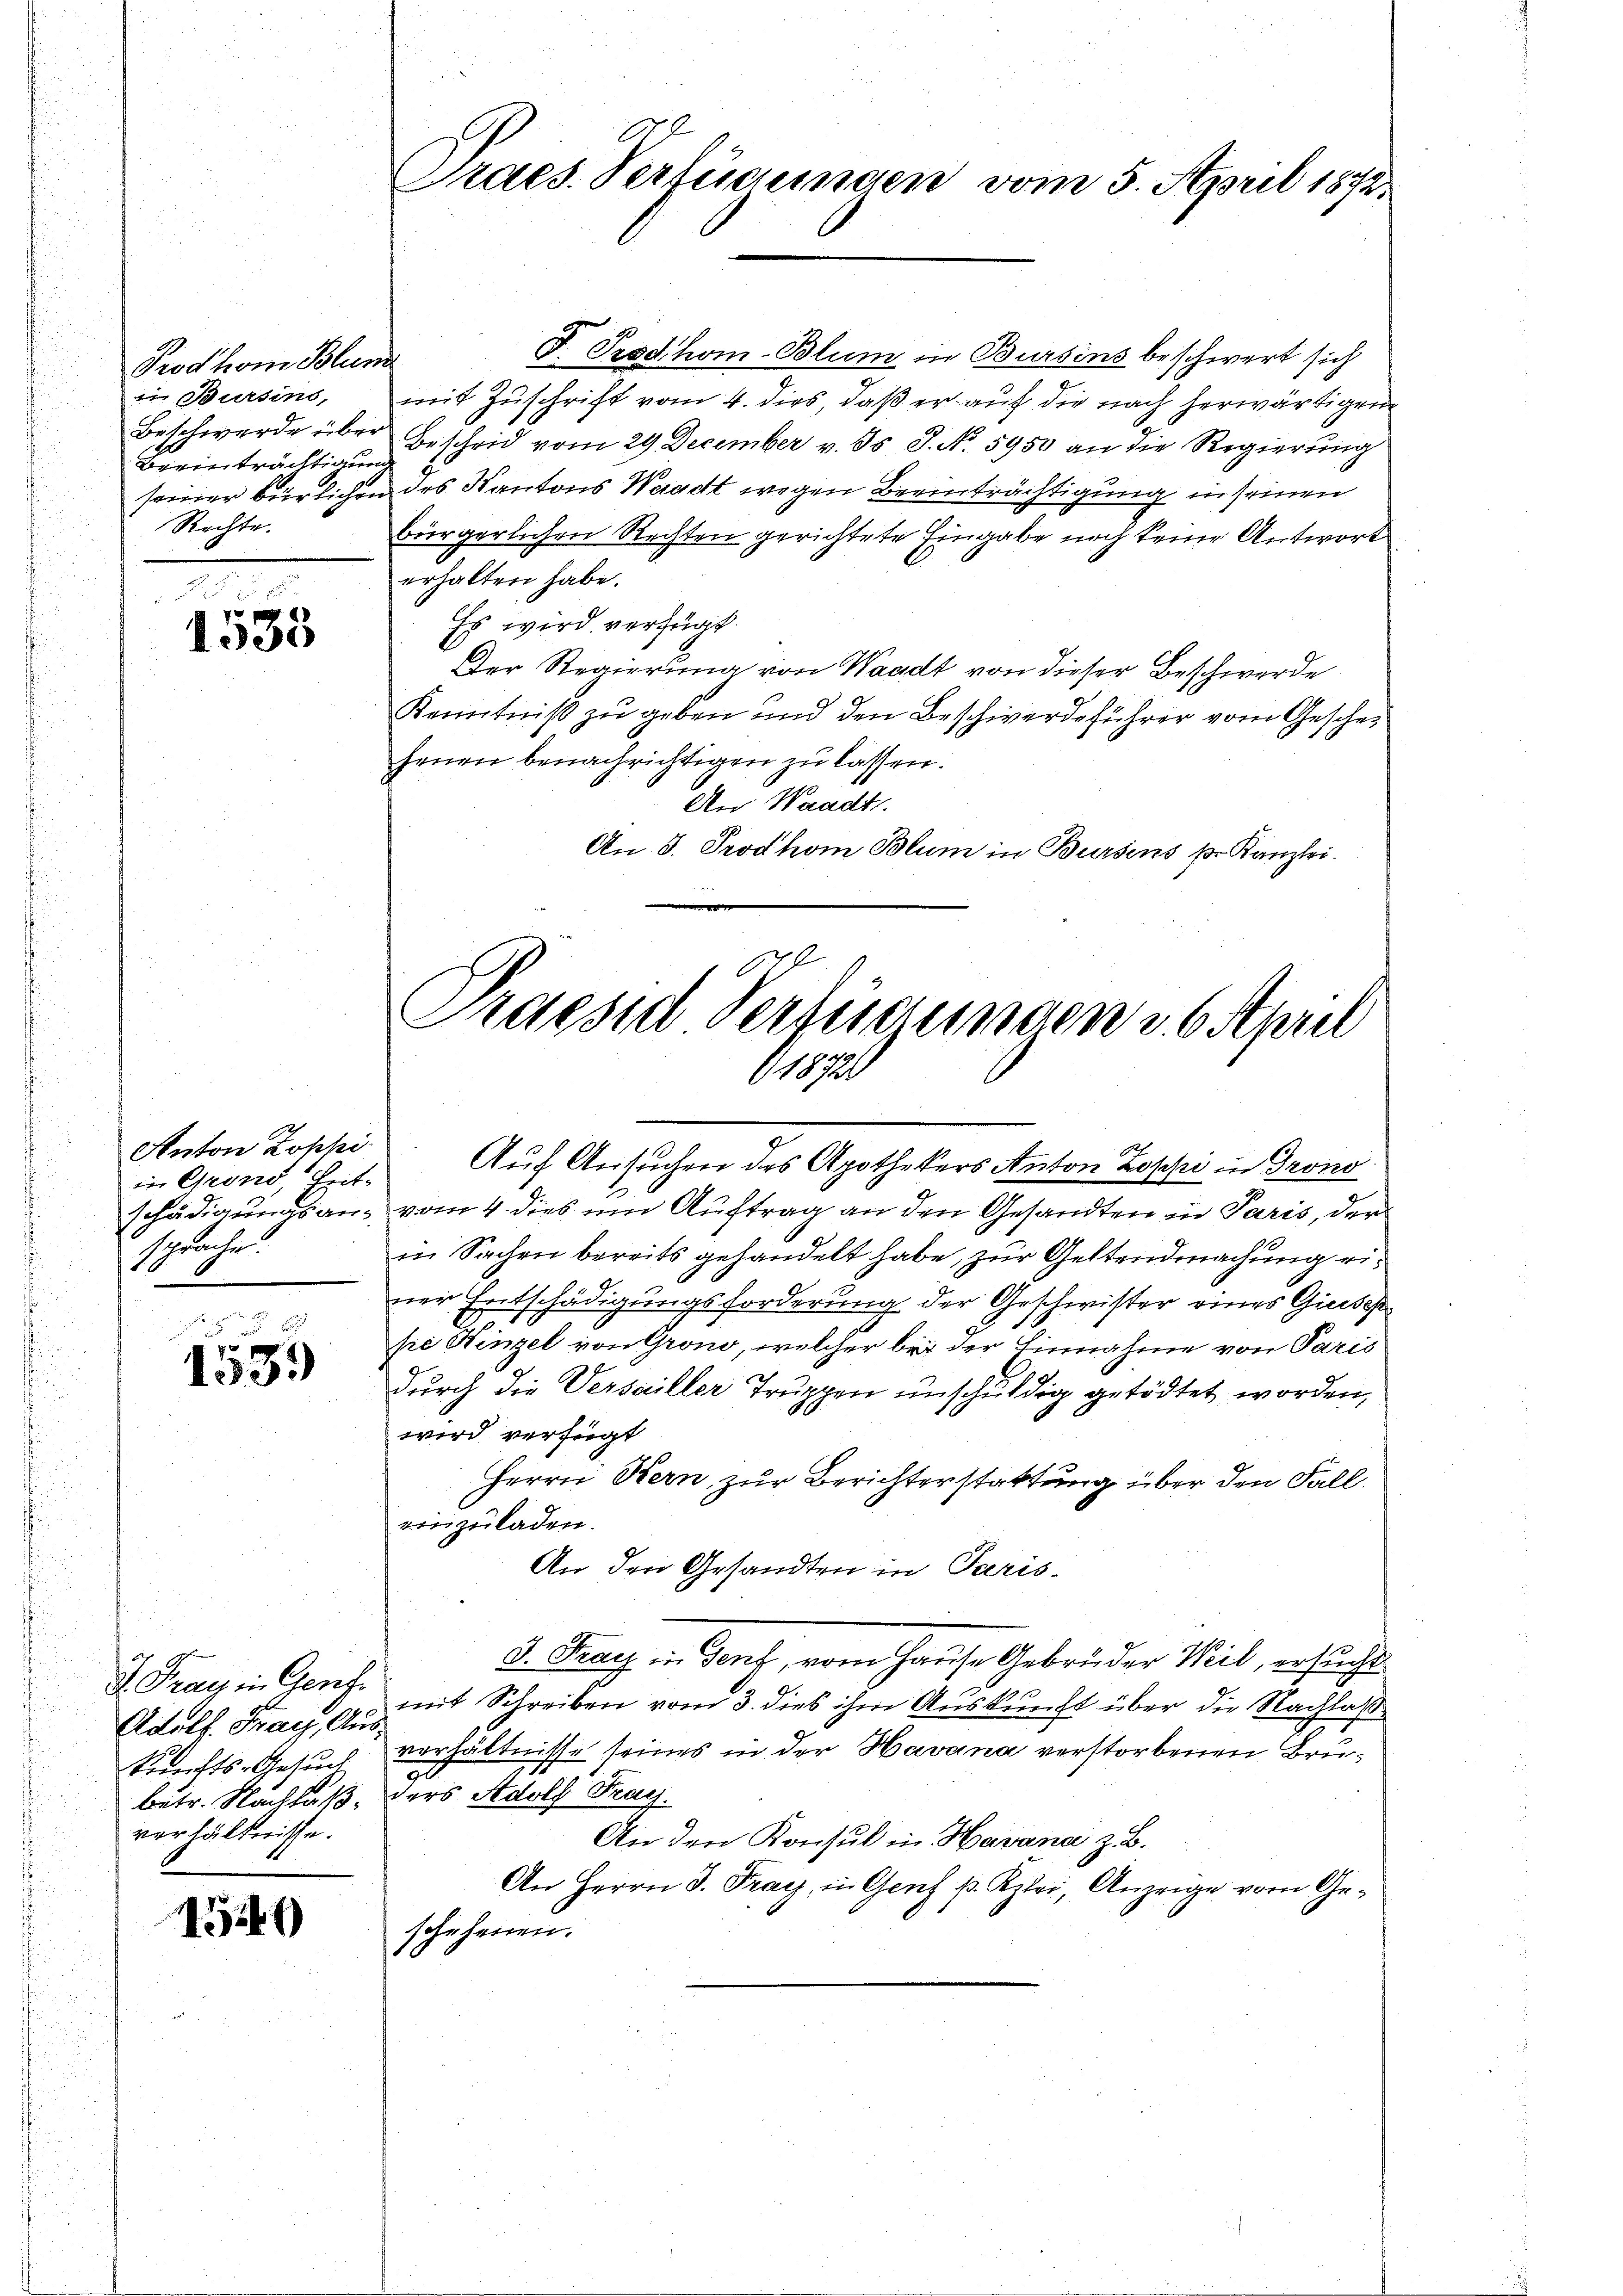
Prod. vom Blun
in Bursins,
Beeinträchtigun
Rechte.

R

30

Anton Zophi
in Grono, Heitschädigungsansprache.

2
.
133.

d. Frag in Genf.
Adolf. Frag, Ausbetr. Nachlaß
verhältnisse.

1529)

Praes. Verfügungen vom 5. April 1872

Praesid Verfügungen u. 6 April
18720

J. Prodhom-Blum in Bursins beschwert sich
mit Zuschrift vom 4. dies, daß er auf die nach herwärtigen
Beschwerde über Bescheid vom 29. December v. Js. J. No. 5950 an die Regierung
seiner bürlichen des Kantons Waadt wegen Beeinträchtigung in seinen
bürgerlichen Rechten gerichtete Eingabe noch keine Antwort
erhalten habe.
Es wird verfügt.
Der Regierung von Waadt von dieser Beschwerde
Kenntniß zu geben und den Beschwerdeführer vom Geschehenen benachrichtigen zu lassen.
An Waadt.
An 3. Prodhom Blum in Bursens pr. Kanzlei.
e
Auf Ansuchen des Apothekers Anton Zoppi in Grono
 vom 4. dies um Auftrag an den Gesandten in Paris, der
in Sachen bereits gehandelt habe, zur Geltendmachung einer Entschädigungsforderung der Geschwister eines Gieses
pe Hinzel von Grono, welcher bei der Einnahme von Paris
durch die Verseiller Truppen unschuldig getödtet worden,
wird verfügt
Herrn Kern, zur Berichterstattung über den Fall.
einzuladen.
An den Gesandten in Paris
3. Frau in Genf, vom Hause Gebrüder Weil, ersucht
mit Schreiben vom 3. dies ihm Auskunft über die Nachlaß
kunfts-Gesuch verhältnisse seines in der Havana verstorbenen Bru¬
30
ders Adolf Fray.
An den Konsul in Havana z. B.
An Herrn J. Prag, in Genf p. Kzlei, Anzeige vom Geschehenen.